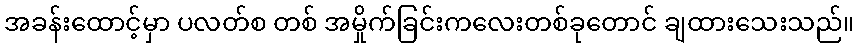
အခန်းထောင့်မှာ ပလတ်စ တစ် အမှိုက်ခြင်းကလေးတစ်ခုတောင် ချထားသေးသည်။